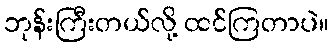
ဘုန်းကြီးတယ်လို့ ထင်ကြတာပဲ။